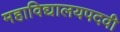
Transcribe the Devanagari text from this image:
महाविद्यालयपदवी